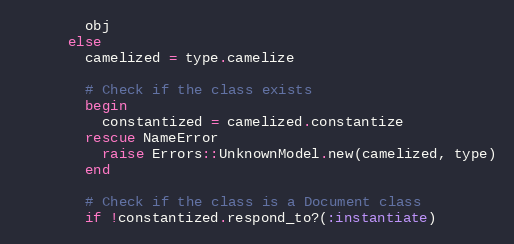
Language: Ruby
        obj
      else
        camelized = type.camelize

        # Check if the class exists
        begin
          constantized = camelized.constantize
        rescue NameError
          raise Errors::UnknownModel.new(camelized, type)
        end

        # Check if the class is a Document class
        if !constantized.respond_to?(:instantiate)